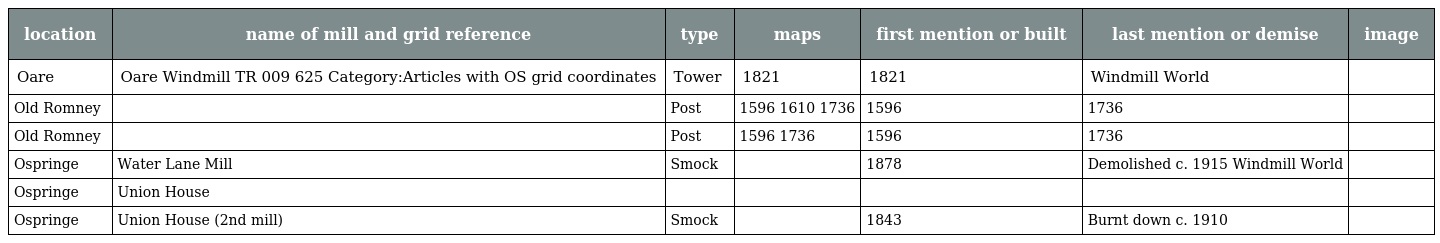
| location | name of mill and grid reference | type | maps | first mention or built | last mention or demise | image |
 | --- | --- | --- | --- | --- | --- | --- |
 | Oare | Oare Windmill TR 009 625 Category:Articles with OS grid coordinates | Tower | 1821 | 1821 | Windmill World |  |
 | Old Romney |  | Post | 1596 1610 1736 | 1596 | 1736 |  |
 | Old Romney |  | Post | 1596 1736 | 1596 | 1736 |  |
 | Ospringe | Water Lane Mill | Smock |  | 1878 | Demolished c. 1915 Windmill World |  |
 | Ospringe | Union House |  |  |  |  |  |
 | Ospringe | Union House (2nd mill) | Smock |  | 1843 | Burnt down c. 1910 |  |